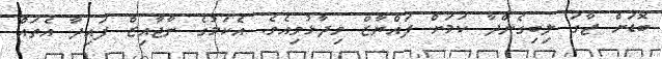
ބޮޑަށް ޖާގަ ލިބިގެންދާ ކަމަށް ފައްޔާޒް ވިދާޅުވިއެވެ. އެކަމުގެ ނާޖާއިޒް ފައިދާ އެތައް